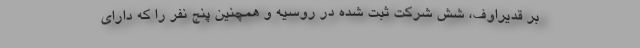
بر قدیراوف، شش شرکت ثبت شده در روسیه و همچنین پنج نفر را که دارای